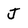
Character: J